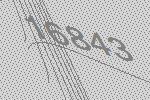
16843